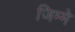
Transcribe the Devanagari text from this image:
जिम्‍मे